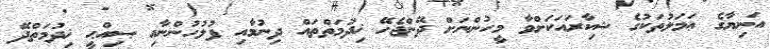
އަނިޔާގެ ޢަމަލުތަކުގެ ޝިކާރައަކަށްވާ މީހުންނަށް ދޭންޖެހޭ ޚިދުމަތްތައް ދިނުމާއި ފުލުހުންނާއި ޞިއްޙީ ޚިދުމަތްދޭ